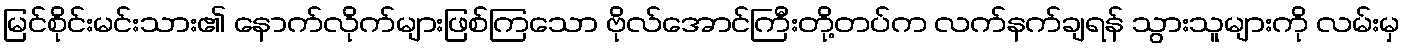
မြင်စိုင်းမင်းသား၏ နောက်လိုက်များဖြစ်ကြသော ဗိုလ်အောင်ကြီးတို့တပ်က လက်နက်ချရန် သွားသူများကို လမ်းမှ